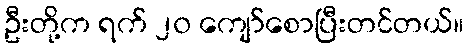
ဦးတို့က ရက် ၂၀ ကျော်စောပြီးတင်တယ်။